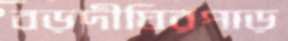
বড়দীঘিরপাড়